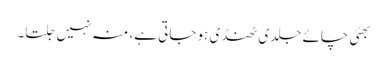
بھئی چائے جلدی ٹھنڈی ہو جاتی ہے، منہ نہیں جلتا۔